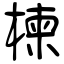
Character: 楝